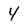
Character: 4